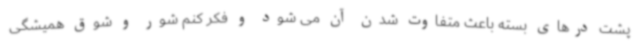
پشت درهای بسته باعث متفاوت شدن آن می شود و فکر کنم شور و شوق همیشگی